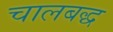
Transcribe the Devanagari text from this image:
चालबद्ध